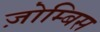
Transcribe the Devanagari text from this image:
ज़ोम्बिस